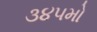
૩૪૫મો